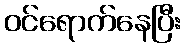
ဝင်ရောက်နေပြီး